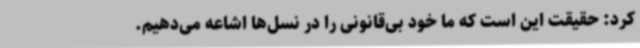
کرد: حقیقت این است که ما خود بی‌قانونی را در نسل‌ها اشاعه می‌دهیم.